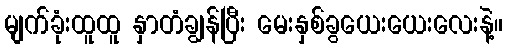
မျက်ခုံးထူထူ နှာတံချွန်ပြီး မေးနှစ်ခွယေးယေးလေးနဲ့။